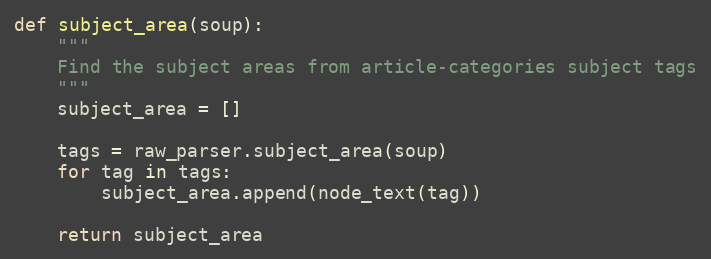
Language: Python
def subject_area(soup):
    """
    Find the subject areas from article-categories subject tags
    """
    subject_area = []

    tags = raw_parser.subject_area(soup)
    for tag in tags:
        subject_area.append(node_text(tag))

    return subject_area